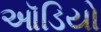
ઑડિયો